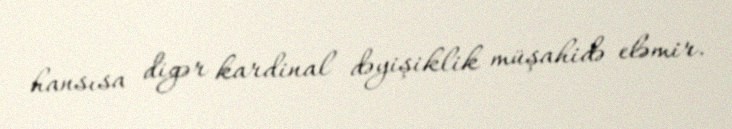
hansısa digər kardinal dəyişiklik müşahidə eləmir.